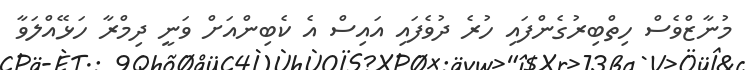
މުނާޒްވެސް ހިތްބިރުގެންފައި ހުރެ ދުވެފައި އައިސް އެ ކެބިންއަށް ވަނީ ދިމްރާ ހަޅޭއްލަވާ